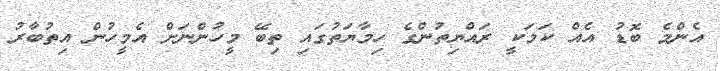
އެންމެ ބޮޑު އެއް ކަމަކީ ރައްޔިތުންގެ ހިމާޔަތުގައި ތިބޭ މީހުންނަށް އެމީހުން އިތުބާރު